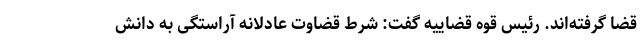
قضا گرفته‌اند. رئیس قوه قضاییه گفت: شرط قضاوت عادلانه آراستگی به دانش